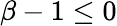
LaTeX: \beta-1\leq 0